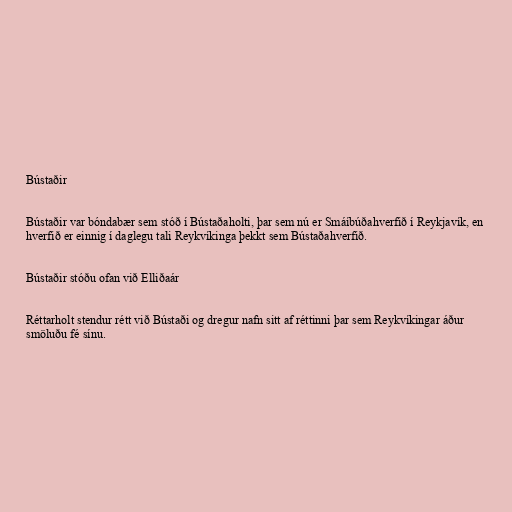
Bústaðir

Bústaðir var bóndabær sem stóð í Bústaðaholti, þar sem nú er Smáíbúðahverfið í Reykjavík, en
hverfið er einnig í daglegu tali Reykvíkinga þekkt sem Bústaðahverfið.

Bústaðir stóðu ofan við Elliðaár

Réttarholt stendur rétt við Bústaði og dregur nafn sitt af réttinni þar sem Reykvíkingar áður
smöluðu fé sínu.